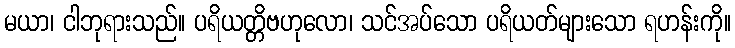
မယာ၊ ငါဘုရားသည်။ ပရိယတ္တိဗဟုလော၊ သင်အပ်သော ပရိယတ်များသော ရဟန်းကို။